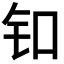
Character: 𬬪